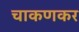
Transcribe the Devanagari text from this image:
चाकणकर